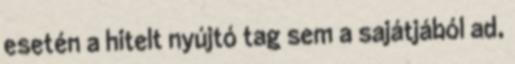
esetén a hitelt nyújtó tag sem a sajátjából ad,